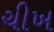
ચીખ